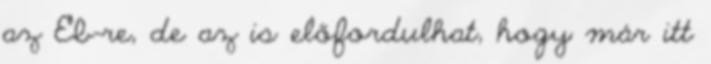
az Eb-re, de az is előfordulhat, hogy már itt